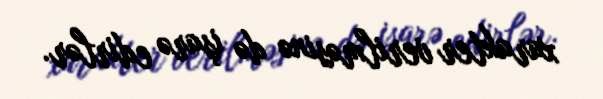
xarakter verilməsinə də işarə edirlər.